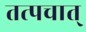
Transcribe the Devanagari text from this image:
तत्पचात्